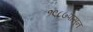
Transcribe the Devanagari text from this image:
१९८७पासून